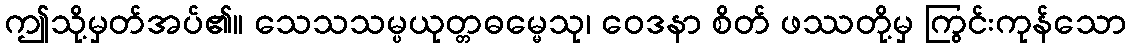
ဤသို့မှတ်အပ်၏။ သေသသမ္ပယုတ္တဓမ္မေသု၊ ဝေဒနာ စိတ် ဖဿတို့မှ ကြွင်းကုန်သော